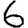
Digit: 6